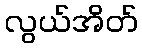
လွယ်အိတ်